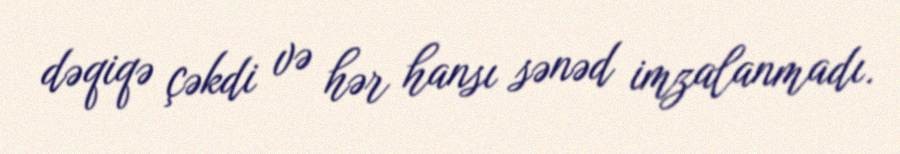
dəqiqə çəkdi və hər hansı sənəd imzalanmadı.